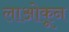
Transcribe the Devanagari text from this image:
लाओकून